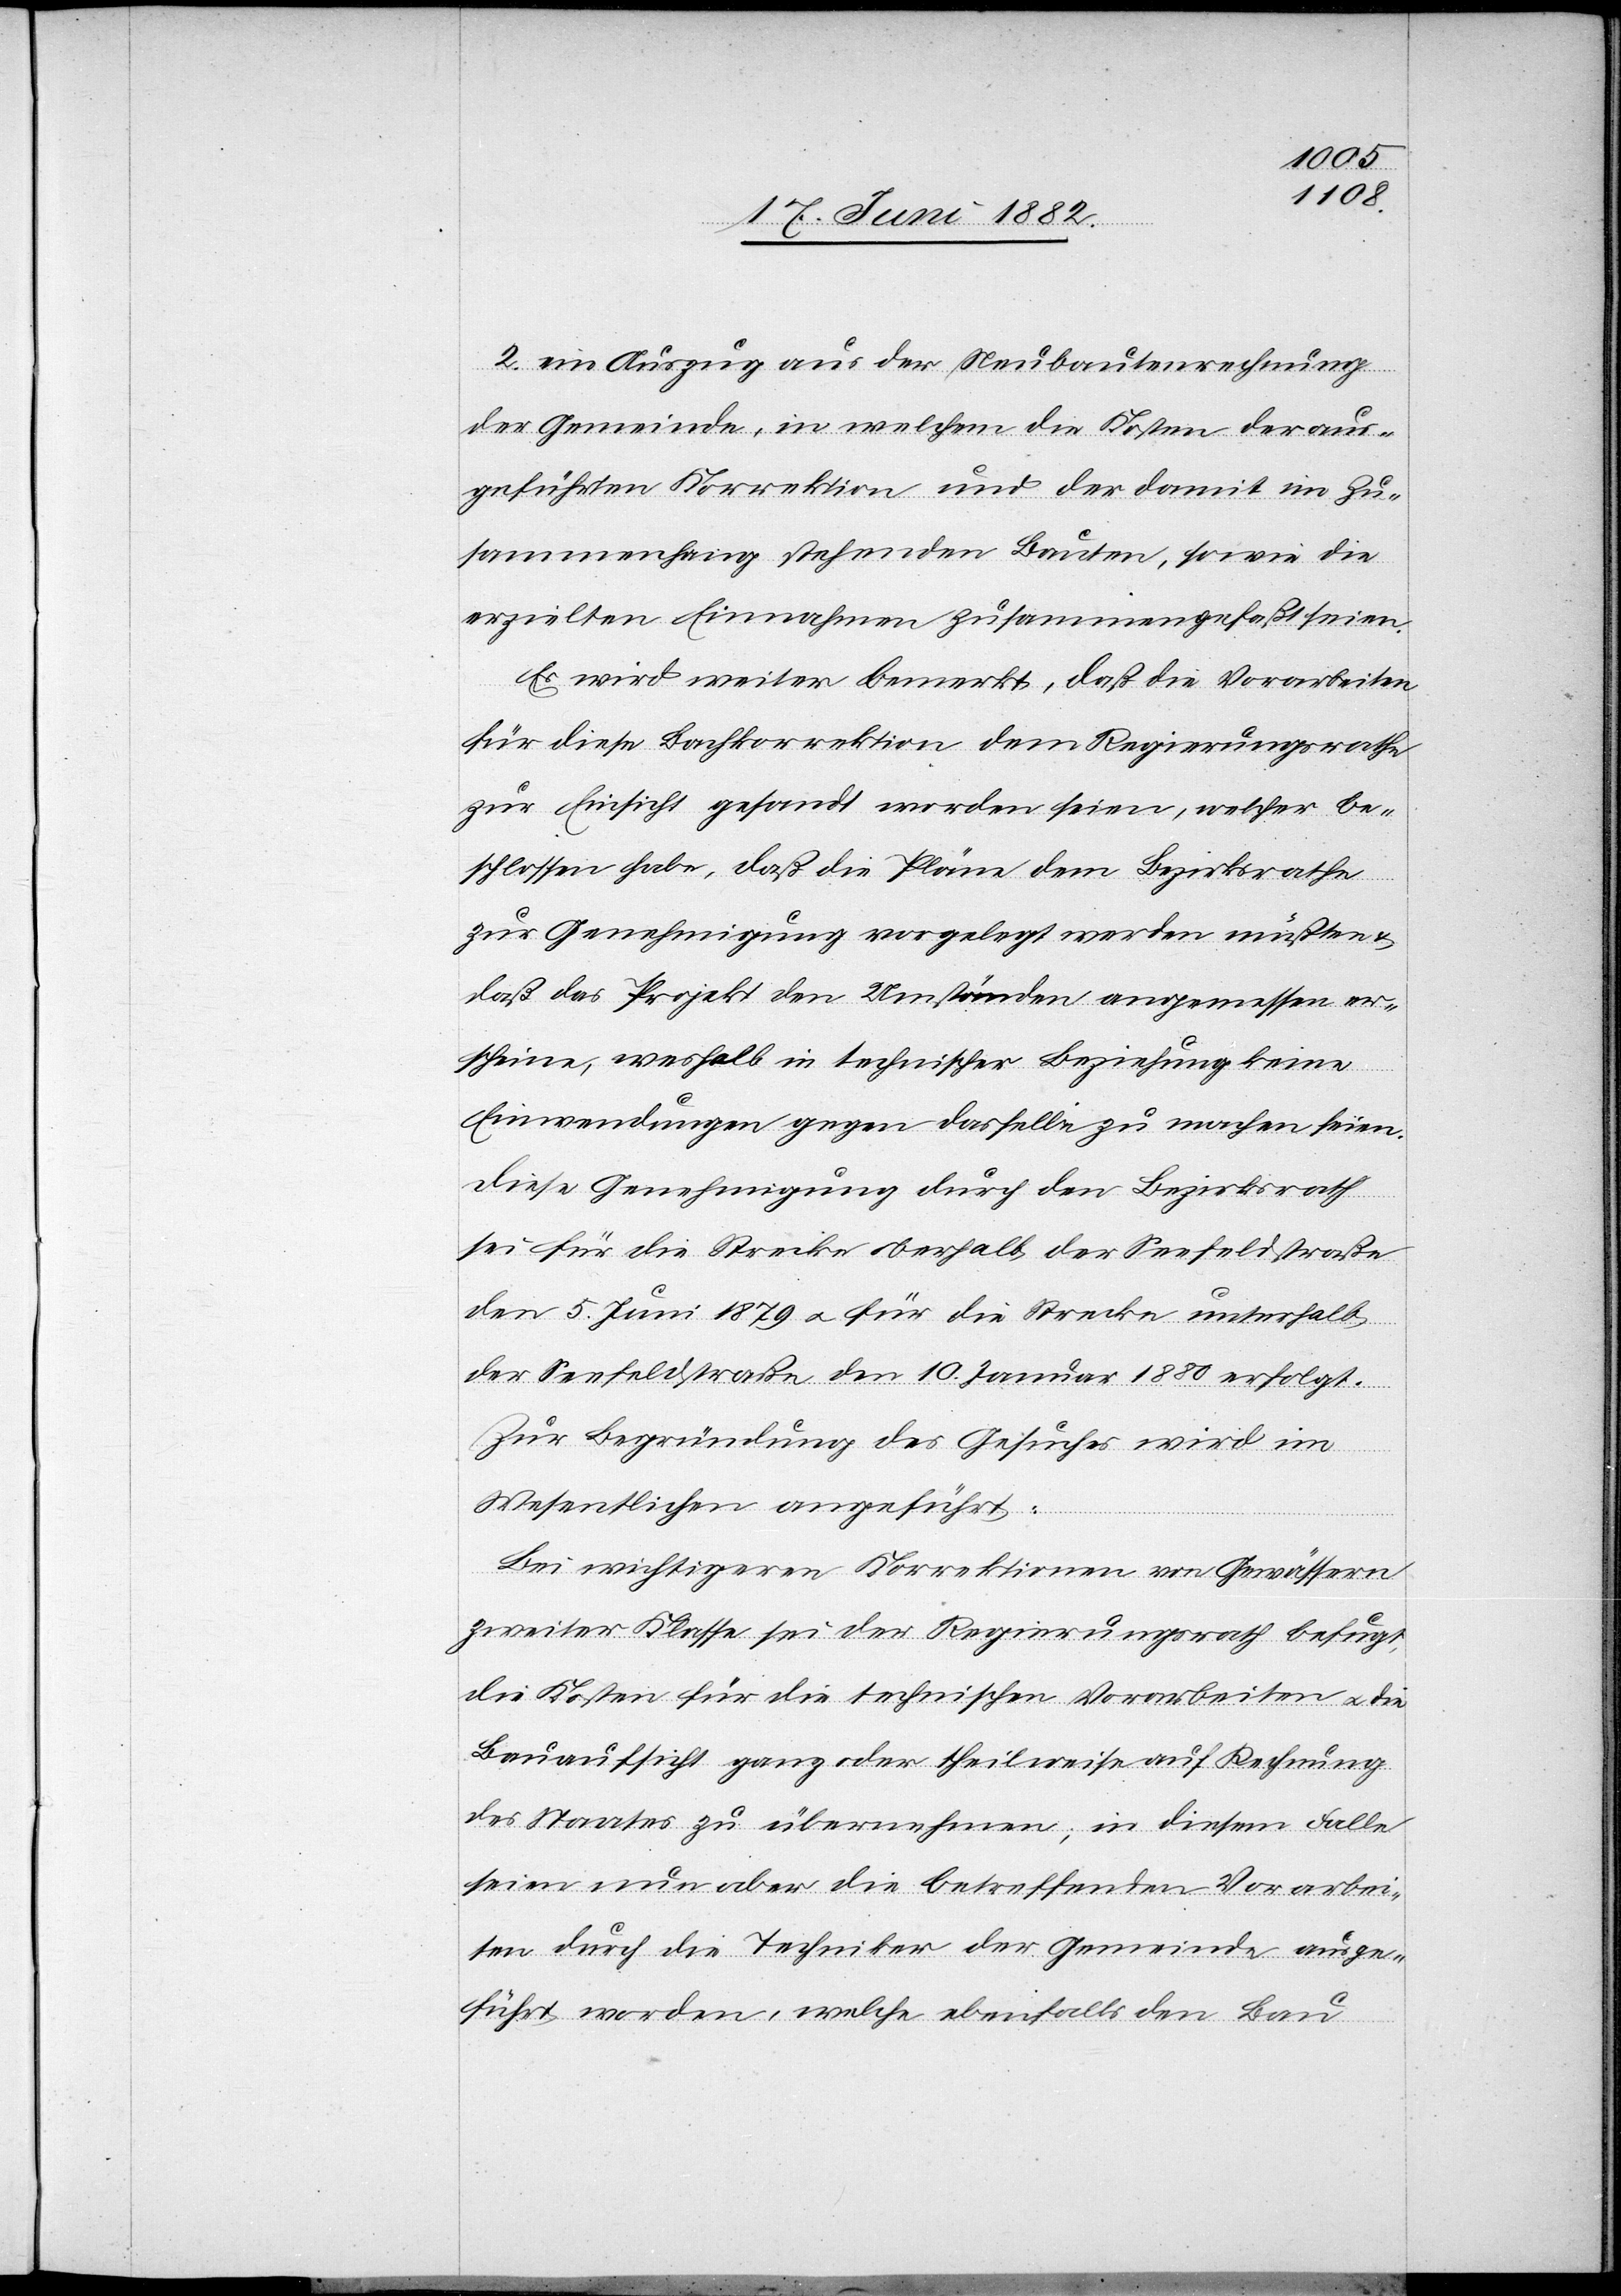
2. ein Auszug aus der Neubautenrechnung
der Gemeinde, in welchem die Kosten der aus¬
geführten Korrektion und der damit im Zu¬
sammenhang stehenden Bauten, sowie die
erzielten Einnahmen zusammengefaßt seien.
Es wird weiter bemerkt, daß die Vorarbeiten
für diese Bachkorrektion dem Regierungsrathe
zur Einsicht gesandt worden seien, welcher be¬
schlossen habe, daß die Pläne dem Bezirksrathe
zur Genehmigung vorgelegt werden müßten
daß das Projekt den Umständen angemessen er¬
scheine, weshalb in technischer Beziehung keine
Einwendungen gegen dasselbe zu machen seien.
Diese Genehmigung durch den Bezirksrath
sei für die Strecke oberhalb der Seefeldstraße
den 5. Juni 1879 u. für die Strecke unterhalb
der Seefeldstraße den 10. Januar 1880 erfolgt.
Zur Begründung des Gesuches wird im
Wesentlichen angeführt:
Bei wichtigeren Korrektionen von Gewässern
zweiter Klasse sei der Regierungsrath befugt,
die Kosten für die technischen Vorarbeiten u. die
Bauaufsicht ganz oder theilweise auf Rechnung
des Staates zu übernehmen; in diesem Falle
seien nun aber die betreffenden Vorarbei¬
ten durch die Techniker der Gemeinde ausge¬
führt worden, welche ebenfalls den Bau